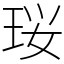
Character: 珱